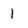
Character: 1